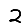
Digit: 2